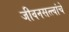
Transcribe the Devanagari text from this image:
जीवनसत्त्वांचे